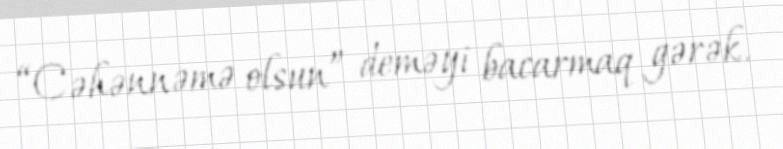
“Cəhənnəmə olsun” deməyi bacarmaq gərək.